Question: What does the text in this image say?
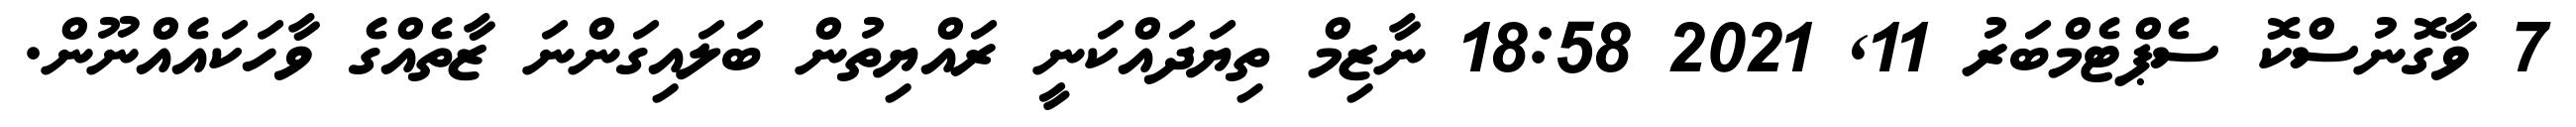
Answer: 7 ވާގޮނުސްކޮ ސެޕްޓެމްބަރު 11, 2021 18:58 ނާޒިމް ތިޔަދައްކަނީ ރައްޔިތުން ބަލައިގަންނަ ޒާތެއްގެ ވާހަކައެއްނޫން.